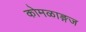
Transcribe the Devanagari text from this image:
कोमळाङ्गज